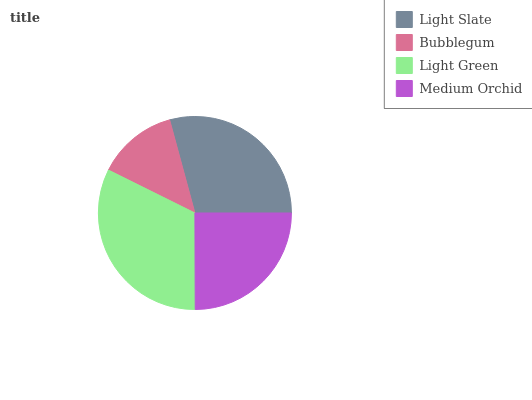
| Light Slate | Bubblegum | Light Green | Medium Orchid |
 | --- | --- | --- | --- |
 | 29.2% | 13.4% | 32.4% | 24.9% |